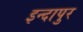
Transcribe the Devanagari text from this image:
इन्दापुर